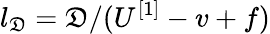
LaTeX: l_{\mathfrak{D}}=\mathfrak{D}/(U^{[1]}-v+f)